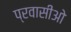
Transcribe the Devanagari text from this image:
प्रवासीओ